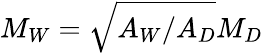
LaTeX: M_{W}=\sqrt{A_{W}/A_{D}}M_{D}